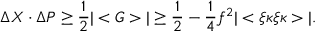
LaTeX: \Delta X \cdot \Delta P \ge \frac { 1 } { 2 } | < G > | \ge \frac { 1 } { 2 } - \frac { 1 } { 4 } f ^ { 2 } | < \xi \kappa \xi \kappa > | .